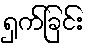
ရှက်ခြင်း